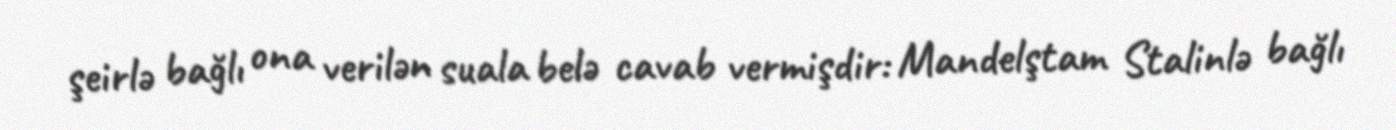
şeirlə bağlı ona verilən suala belə cavab vermişdir: Mandelştam Stalinlə bağlı